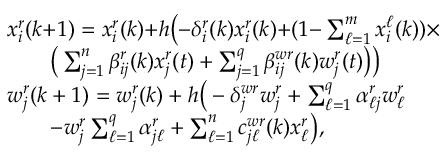
\begin{array} { r l } & { x _ { i } ^ { r } ( k { + } 1 ) = x _ { i } ^ { r } ( k ) { + } h \big ( { - } \delta _ { i } ^ { r } ( k ) x _ { i } ^ { r } ( k ) { + } ( 1 { - } \textstyle \sum _ { \ell = 1 } ^ { m } x _ { i } ^ { \ell } ( k ) ) \times } \\ & { \qquad \big ( \textstyle \sum _ { j = 1 } ^ { n } \beta _ { i j } ^ { r } ( k ) x _ { j } ^ { r } ( t ) + \textstyle \sum _ { j = 1 } ^ { q } \beta _ { i j } ^ { w r } ( k ) w _ { j } ^ { r } ( t ) \big ) \big ) } \\ & { w _ { j } ^ { r } ( k + 1 ) = w _ { j } ^ { r } ( k ) + h \big ( - \delta _ { j } ^ { w r } w _ { j } ^ { r } + \textstyle \sum _ { \ell = 1 } ^ { q } \alpha _ { \ell j } ^ { r } w _ { \ell } ^ { r } } \\ & { \qquad - w _ { j } ^ { r } \textstyle \sum _ { \ell = 1 } ^ { q } \alpha _ { j \ell } ^ { r } + \textstyle \sum _ { \ell = 1 } ^ { n } c _ { j \ell } ^ { w r } ( k ) x _ { \ell } ^ { r } \big ) , } \end{array}